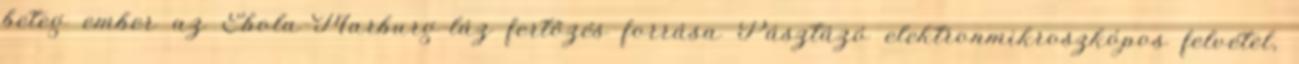
beteg ember az Ebola-Marburg-láz fertőzés forrása Pásztázó elektronmikroszkópos felvétel,